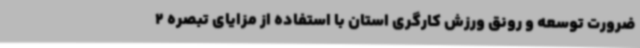
ضرورت توسعه و رونق ورزش کارگری استان با استفاده از مزایای تبصره 2